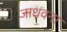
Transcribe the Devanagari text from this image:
जाधवना